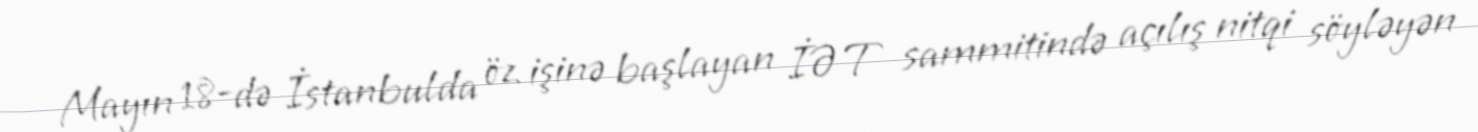
Mayın 18-də İstanbulda öz işinə başlayan İƏT sammitində açılış nitqi söyləyən